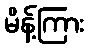
မိန့်ကြား